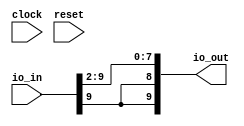
module FixedPointDivide( // @[:@3.2]
  input        clock, // @[:@4.4]
  input        reset, // @[:@5.4]
  input  [9:0] io_in, // @[:@6.4]
  output [9:0] io_out // @[:@6.4]
);
  wire [9:0] _T_2 = io_in; // @[FixedPointSpec.scala 39:20:@11.4]
  wire [7:0] _T_4 = _T_2[9:2]; // @[FixedPointSpec.scala 39:55:@13.4]
  assign io_out = {{2{_T_4[7]}},_T_4}; // @[FixedPointSpec.scala 39:55:@13.4]
endmodule